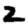
Digit: 2